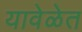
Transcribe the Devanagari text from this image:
यावेळेत